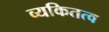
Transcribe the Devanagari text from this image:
व्यकितत्व